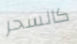
كالسحر